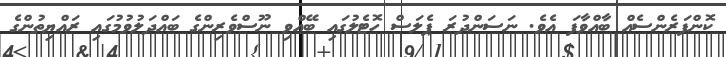
ކޮންފަރެންސެއް ބާއްވާފަ އެވެ. ނަސަންދުރަ ޕެލަސް ހޮޓެލުގައި ބޭއްވި ނޫސްވެރިންގެ ބައްދަލުވުމުގައި ރައްޔިތުންގެ